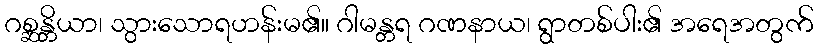
ဂစ္ဆန္တိယာ၊ သွားသောရဟန်းမ၏။ ဂါမန္တရ ဂဏနာယ၊ ရွာတစ်ပါး၏ အရေအတွက်